Report on vaccination in the Province of Bengal - 1874-1889
Year: 1874
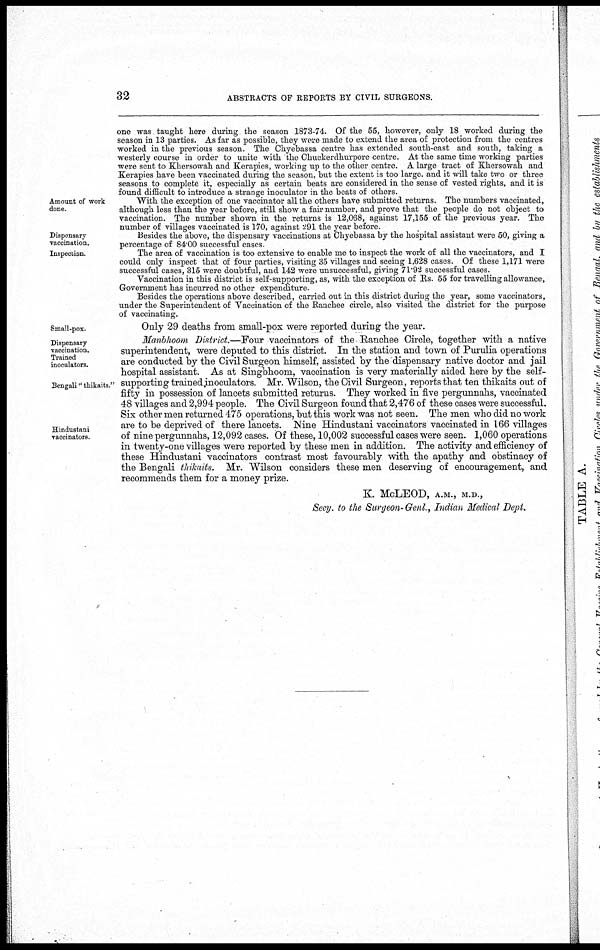
32
ABSTRACTS OF REPORTS BY CIVIL SURGEONS.
one was taught here during the season 1873-74. Of the 55, however, only 18 worked during the
season in 13 parties. As far as possible, they were made to extend the area of protection from the centres
worked in the previous season. The Chyebassa centre has extended south-east and south, taking a
westerly course in order to unite with the Chuckerdhurpore centre. At the same time working parties
were sent to Khersowah and Kerapies, working up to the other centre. A large tract of Khersowah and
Kerapies have been vaccinated during the season, but the extent is too large. and it will take two or three
seasons to complete it, especially as certain beats are considered in the sense of vested rights, and it is
found difficult to introduce a strange inoculator in the beats of others.
Amount of work
done.
With the exception of one vaccinator all the others have submitted returns. The numbers vaccinated,
although less than the year before, still show a fair number, and prove that the people do not object to
vaccination. The number shown in the returns is 12,068, against 17,155 of the previous year. The
number of villages vaccinated is 170, against 291 the year before.
Dispensary
vaccination.
Besides the above, the dispensary vaccinations at Chyebassa by the hospital assistant were 50, giving a
percentage of 84.00 successful cases.
Inspection
The area of vaccination is too extensive to enable me to inspect the work of all the vaccinators, and I
could only inspect that of four parties, visiting 35 villages and seeing 1,628 cases. Of these 1,171 were
successful cases, 315 were doubtful, and 142 were unsuccessful, giving 71.92 successful cases.
Vaccination in this district is self-supporting, as, with the exception of Rs. 55 for travelling allowance,
Government has incurred no other expenditure
Besides the operations above described, carried out in this district during the year, some vaccinators,
under the Superintendent of Vaccination of the Ranchee circle, also visited the district for the purpose
of vaccinating.
Small-pox
Only 29 deaths from small-pox were reported during the year.
Dispensary
vaccination.
Trained
inoculators.
Bengali "thikarts."
Hindustani
vaccinators.
Manbhoom District.—Four vaccinators of the Ranchee Circle, together with a native
superintendent, were deputed to this district. In the station and town of Purulia operations
are conducted by the Civil Surgeon himself, assisted by the dispensary native doctor and jail
hospital assistant. As at Singbhoom, vaccination is very materially aided here by the self-
supporting trained inoculators. Mr. Wilson, the Civil Surgeon, reports that ten thikaits out of
fifty in possession of lancets submitted returns. They worked in five pergunnahs, vaccinated
48 villages and 2,994 people. The Civil Surgeon found that 2,476 of these cases were successful.
Six other men returned 475 operations, but this work was not seen. The men who did no work
are to be deprived of there lancets. Nine Hindustani vaccinators vaccinated in 166 villages
of nine pergunnahs, 12,092 cases. Of these, 10,002 successful cases were seen. 1,060 operations
in twenty-one villages were reported by these men in addition. The activity and efficiency of
these Hindustani vaccinators contrast most favourably with the apathy and obstinacy of
the Bengali thikaits. Mr. Wilson considers these men deserving of encouragement, and
recommends them for a money prize.
K. McLEOD, A.M., M.D.,
Secy. to the Surgeon- Genl., Indian Medical Dept.